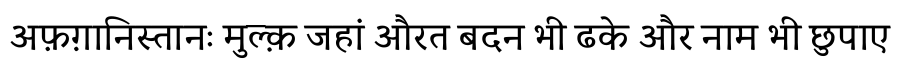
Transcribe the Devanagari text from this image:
अफ़ग़ानिस्तानः मुल्क़ जहां औरत बदन भी ढके और नाम भी छुपाए